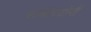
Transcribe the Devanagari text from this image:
परमोपयोगी